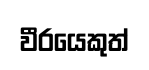
වීරයෙකුත්